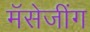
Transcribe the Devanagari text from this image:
मॅसेजींग